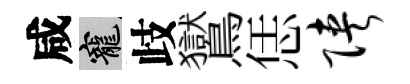
咸寵歧鸑恁陕